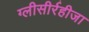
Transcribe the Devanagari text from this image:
ग्‍लीसीर्रहीजा